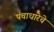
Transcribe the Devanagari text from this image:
पंचाधारेचे